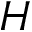
H